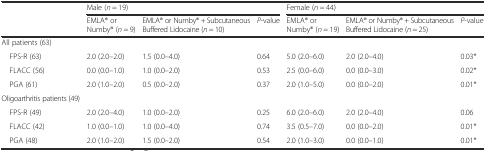
<table><thead><tr><td></td><td colspan="3"><b>Male (<i>n</i> = 19)</b></td><td colspan="3"><b>Female (<i>n</i> = 44)</b></td></tr><tr><td></td><td><b>EMLA® or Numby® (<i>n</i> = 9)</b></td><td><b>EMLA® or Numby® + Subcutaneous Buffered Lidocaine (<i>n</i> = 10)</b></td><td><b><i>P</i>-value</b></td><td><b>EMLA® or Numby® (<i>n</i> = 19)</b></td><td><b>EMLA® or Numby® + Subcutaneous Buffered Lidocaine (<i>n</i> = 25)</b></td><td><b><i>P</i>-value</b></td></tr></thead><tbody><tr><td>All patients (63)</td><td></td><td></td><td></td><td></td><td></td><td></td></tr><tr><td> FPS-R (63)</td><td>2.0 (2.0–2.0)</td><td>1.5 (0.0–4.0)</td><td>0.64</td><td>5.0 (2.0–6.0)</td><td>2.0 (2.0–4.0)</td><td>0.03*</td></tr><tr><td> FLACC (56)</td><td>0.0 (0.0–1.0)</td><td>1.0 (0.0–2.0)</td><td>0.53</td><td>2.5 (0.0–6.0)</td><td>0.0 (0.0–3.0)</td><td>0.02*</td></tr><tr><td> PGA (61)</td><td>2.0 (1.0–2.0)</td><td>0.5 (0.0–2.0)</td><td>0.37</td><td>2.0 (1.0–5.0)</td><td>0.0 (0.0–2.0)</td><td>0.01*</td></tr><tr><td>Oligoarthritis patients (49)</td><td></td><td></td><td></td><td></td><td></td><td></td></tr><tr><td> FPS-R (49)</td><td>2.0 (2.0–4.0)</td><td>1.0 (0.0–2.0)</td><td>0.25</td><td>6.0 (2.0–6.0)</td><td>2.0 (2.0–4.0)</td><td>0.06</td></tr><tr><td> FLACC (42)</td><td>1.0 (0.0–1.0)</td><td>1.0 (0.0–4.0)</td><td>0.74</td><td>3.5 (0.5–7.0)</td><td>0.0 (0.0–2.0)</td><td>0.01*</td></tr><tr><td> PGA (48)</td><td>2.0 (1.0–2.0)</td><td>1.5 (0.0–2.0)</td><td>0.54</td><td>2.0 (1.0–3.0)</td><td>0.0 (0.0–1.0)</td><td>0.01*</td></tr></tbody></table>